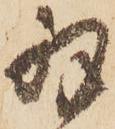
羽